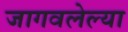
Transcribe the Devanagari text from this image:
जागवलेल्या